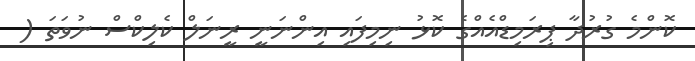
ކޮންމެ ގުރުދާ ޕިރަމިޑްއެއްގެ ކޮޅު ނިމިފައި އިންނަނީ ރީނަލް ކެލިކްސް ނުވަތަ (